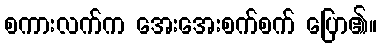
စကားလက်က အေးအေးစက်စက် ပြော၏။